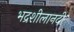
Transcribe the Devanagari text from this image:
भद्रशीलानदी